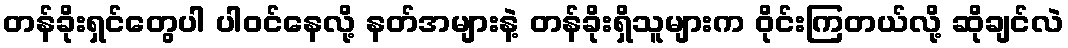
တန်ခိုးရှင်တွေပါ ပါဝင်နေလို့ နတ်အများနဲ့ တန်ခိုးရှိသူများက ဝိုင်းကြတယ်လို့ ဆိုချင်လဲ